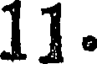
11.